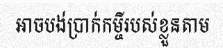
អាចបង់ប្រាក់កម្ចីរបស់ខ្លួនតាម